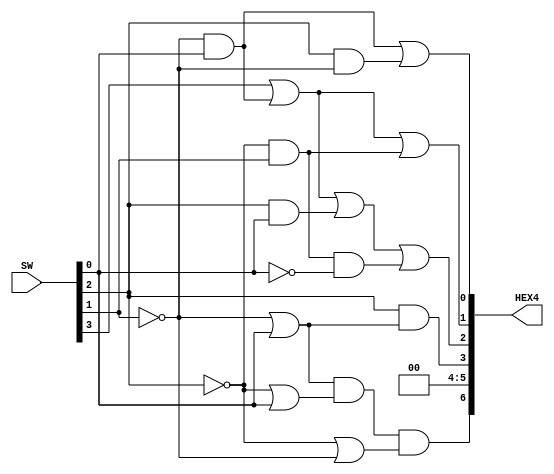
/*
module part2(x3, x2, x1, x0, s0, s1, s2, s3, s4, s5, s6);
    // ===== Input/Output Declarations ===== //
	input x3, x2, x1, x0;
	output s0, s1, s2, s3, s4, s5, s6;

    // ===== Logic ===== //
	assign s0 = (!x1 &  x0) |  
                ( x2 & !x1) ;

	assign s1 = (x3) | 
                (!x1 &  x0) |  
                (!x2 &  x1) ;

	assign s2 = (x3) | 
                (!x1 &  x0) |  
                ( x2 &  x0) |
                (!x2 & x1 & !x0);

	assign s3 = ( x2 & !x1) |  
                ( x2 &  x0) ;

	assign s4 = 0; //always low - can also do s5 <= 1'b0;

	assign s5 = 0;

	assign s6 = (!x2 & !x1) |  
                (!x2 &  x0) |
                (!x1 &  x0) ;
endmodule
*/

// ===== Output generated =====
// OLEG HIBPC or close to it

//use HEX4[6:0] and SW[4:1]
// HEX4[0] = s0
// HEX4[1] = s1
// HEX4[2] = s2
// HEX4[3] = s3
// HEX4[4] = s4
// HEX4[5] = s5
// HEX4[6] = s6

// SW[4] = x3
// SW[3] = x2
// SW[2] = x1
// SW[1] = x0

module part2(SW, HEX4);

// ===== Input/Output Declarations ===== //

	//input SW[4], SW[3], SW[2], SW[1];
    input wire [4:1]SW;
	//output HEX4[0], HEX4[1], HEX4[2], HEX4[3], HEX4[4], HEX4[5], HEX4[6];
    output wire [6:0]HEX4;

// ===== Logic ===== //

	assign HEX4[0] = (!SW[2] &  SW[1]) |  
                    ( SW[3] & !SW[2]) ;

	assign HEX4[1] = (SW[4]) | 
                    (!SW[2] &  SW[1]) |  
                    (!SW[3] &  SW[2]) ;

	assign HEX4[2] = (SW[4]) | 
                    (!SW[2] &  SW[1]) |  
                    ( SW[3] &  SW[1]) |
                    (!SW[3] & SW[2] & !SW[1]);

	assign HEX4[3] = SW[3] & (!SW[2] | SW[1]);
    //( SW[3] & !SW[2])  | ( SW[3] &  SW[1]) ;

	assign HEX4[4] = 0; //always low - can also do HEX4[5] <= 1'b0;

	assign HEX4[5] = 0;

	assign HEX4[6] = (!SW[2] | SW[1]) & (!SW[3] | SW[1]) & (!SW[3] | !SW[2]);
    //(!SW[3] & !SW[2]) | (!SW[3] &  SW[1]) | (!SW[2] &  SW[1]) ;

endmodule